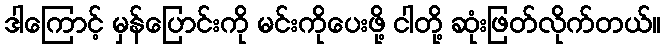
ဒါကြောင့် မှန်ပြောင်းကို မင်းကိုပေးဖို့ ငါတို့ ဆုံးဖြတ်လိုက်တယ်။